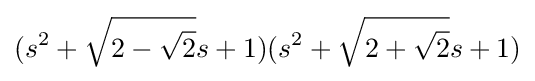
(s^{2}+{\sqrt {2-{\sqrt {2}}}}s+1)(s^{2}+{\sqrt {2+{\sqrt {2}}}}s+1)